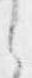
之